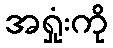
အရှုံးကို